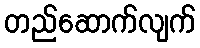
တည်ဆောက်လျက်